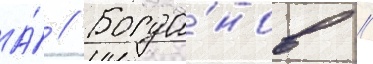
А́ // Богда́нов //